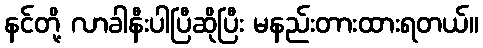
နင်တို့ လာခါနီးပါပြီဆိုပြီး မနည်းတားထားရတယ်။